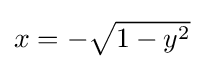
{\textstyle x=-{\sqrt {1-y^{2}}}}